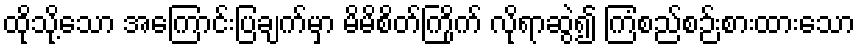
ထိုသို့သော အကြောင်းပြချက်မှာ မိမိစိတ်ကြိုက် လိုရာဆွဲ၍ ကြံစည်စဉ်းစားထားသော